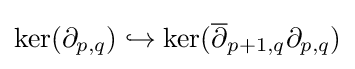
\ker(\partial _{p,q})\hookrightarrow \ker({\overline {\partial }}_{p+1,q}\partial _{p,q})